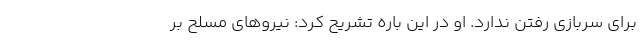
برای سربازی رفتن ندارد. او در این باره تشریح کرد: نیروهای مسلح بر